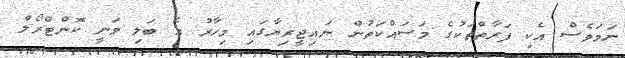
ނަމަވެސް އެކި ފަރާތްތަކުގެ މަސައްކަތުން ނައިޖީރިޔާގައި މިހާރު އެ ބަލި ވަނީ ކޮންޓްރޯލް